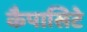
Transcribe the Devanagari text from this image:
कैपासिटे